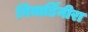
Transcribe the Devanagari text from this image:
गियार्डिनीरा